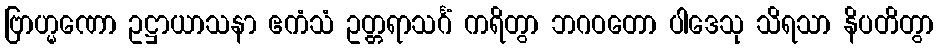
ဗြာဟ္မဏော ဥဋ္ဌာယာသနာ ဧကံသံ ဥတ္တရာသင်္ဂံ ကရိတွာ ဘဂဝတော ပါဒေသု သိရသာ နိပတိတွာ